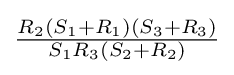
{\tfrac {R_{2}(S_{1}+R_{1})(S_{3}+R_{3})}{S_{1}R_{3}(S_{2}+R_{2})}}